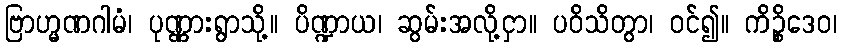
ဗြာဟ္မဏဂါမံ၊ ပုဏ္ဏားရွာသို့။ ပိဏ္ဍာယ၊ ဆွမ်းအလို့ငှာ။ ပဝိသိတွာ၊ ဝင်၍။ ကိဉ္စိဒေဝ၊